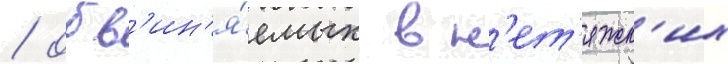
/ обв'ин'я́емых в н'ет'яжк'их